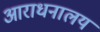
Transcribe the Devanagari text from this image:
आराधनालय